Papers set at the Examination for Leaving Certificates, 1895
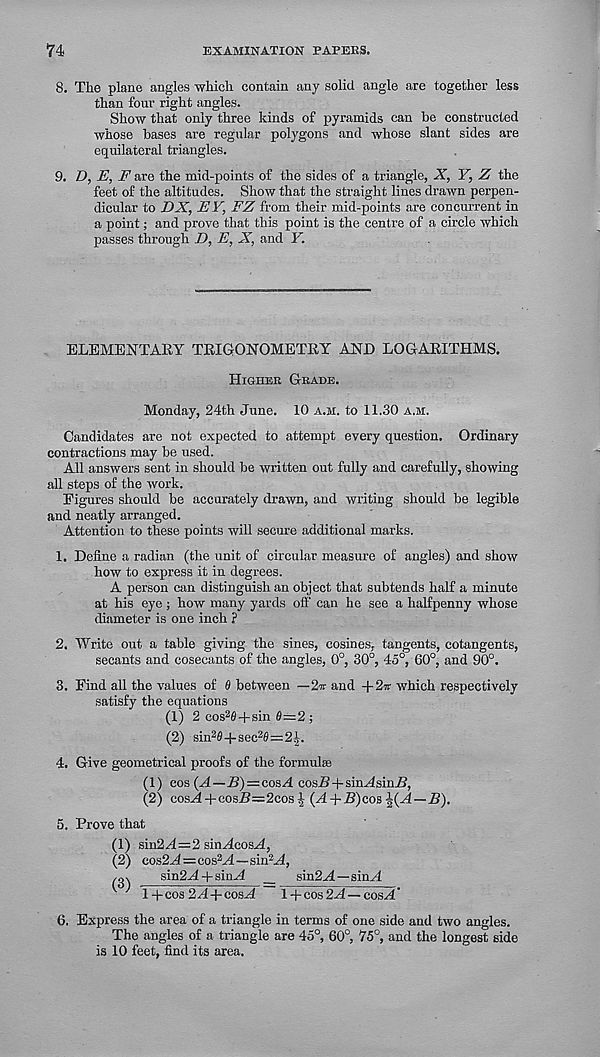
74
EXAMINATION PAPERS.
8. The plane angles -which contain any solid angle are together less
than four right angles.
Show that only three kinds of pyramids can be constructed
whose bases are regular polygons and whose slant sides are
equilateral triangles.
9. T), E, F are the mid-points of the sides of a triangle, X, F, Z the
feet of the altitudes. Show that the straight lines drawn perpen-
dicular to DX, EY, FZ from their mid-points are concurrent in
a point; and prove that this point is the centre of a circle which
passes through D, E, X, and Y.
ELEMENTARY TRIGONOMETRY AND LOGARITHMS.
Higher Grade.
Monday, 24th June. 10 a.h. to 11.30 a.m.
Candidates are not expected to attempt every question. Ordinary
contractions may be used.
All answers sent in should be written out fully and carefully, showing
all steps of the work.
Figures should be accurately drawn, and writing should be legible
and neatly arranged.
Attention to these points will secure additional marks.
1. Define a radian (the unit of circular measure of angles) and show
how to express it in degrees.
A person can distinguish an object that subtends half a minute
at his eye; how many yards oil' can he see a halfpenny whose
diameter is one inch ?
2. Write out a table giving the sines, cosines, tangents, cotangents,
secants and cosecants of the angles, 0°, 30°, 45°, 60°, and 90°.
3. Find all the values of 0 between —2w and +2r which respectively
satisfy the equations
(1) 2 cos 2 e+sin 8=2 ;
(2) sin 2 0-|-sec 2 0=2^.
4. Give geometrical proofs of the formulae
(1) cos (A—71) = cos A cosB-f-sin^4sinJ3,
(2) cos^ + cos.B=2cos | (A + B)cos
5. Prove that
(1) sin2G—2 sinAcosA,
(2) cos2A=cos 2 A—sin 2 A,
snkLd+sinM _ sin2M—sinM
^ ^ 1 +cos 2/1+cos A
1 + cos 2-4 — cos A'
6. Express the area of a ti'iangle in terms of one side and two angles.
The angles of a triangle are 45°, 60°, 75°, and the longest side
is 10 feet, find its area.